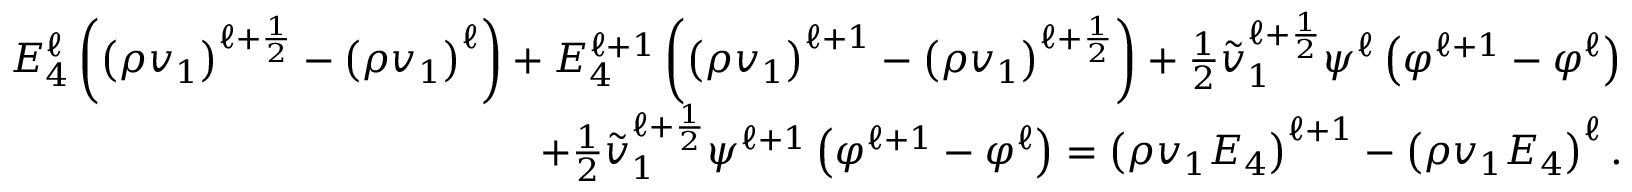
\begin{array} { r } { E _ { 4 } ^ { \ell } \left( \left( \rho v _ { 1 } \right) ^ { \ell + \frac { 1 } { 2 } } - \left( \rho v _ { 1 } \right) ^ { \ell } \right) + E _ { 4 } ^ { \ell + 1 } \left( \left( \rho v _ { 1 } \right) ^ { \ell + 1 } - \left( \rho v _ { 1 } \right) ^ { \ell + \frac { 1 } { 2 } } \right) + \frac { 1 } { 2 } \tilde { v } _ { 1 } ^ { \ell + \frac { 1 } { 2 } } \psi ^ { \ell } \left( \varphi ^ { \ell + 1 } - \varphi ^ { \ell } \right) } \\ { + \frac { 1 } { 2 } \tilde { v } _ { 1 } ^ { \ell + \frac { 1 } { 2 } } \psi ^ { \ell + 1 } \left( \varphi ^ { \ell + 1 } - \varphi ^ { \ell } \right) = \left( \rho v _ { 1 } E _ { 4 } \right) ^ { \ell + 1 } - \left( \rho v _ { 1 } E _ { 4 } \right) ^ { \ell } . } \end{array}